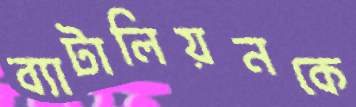
ব্যাটালিয়নকে